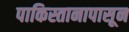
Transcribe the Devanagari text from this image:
पाकिस्तानापासून